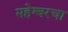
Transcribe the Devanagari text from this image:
महेश्वरचा